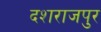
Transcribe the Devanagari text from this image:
दशराजपुर